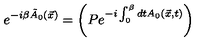
e ^ { - i \beta \tilde { A } _ { 0 } ( \vec { x } ) } = \left( P e ^ { - i \int _ { 0 } ^ { \beta } d t A _ { 0 } ( \vec { x } , t ) } \right)